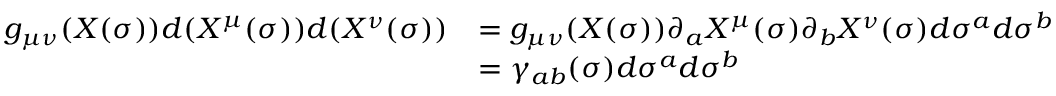
\begin{array} { r l } { g _ { \mu \nu } ( X ( \sigma ) ) d ( X ^ { \mu } ( \sigma ) ) d ( X ^ { \nu } ( \sigma ) ) } & { = g _ { \mu \nu } ( X ( \sigma ) ) \partial _ { a } X ^ { \mu } ( \sigma ) \partial _ { b } X ^ { \nu } ( \sigma ) d \sigma ^ { a } d \sigma ^ { b } } \\ & { = \gamma _ { a b } ( \sigma ) d \sigma ^ { a } d \sigma ^ { b } } \end{array}